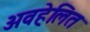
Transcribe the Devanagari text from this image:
अवहेलित